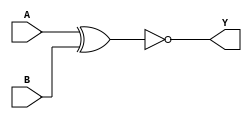
module XNOR2X1 (A, B, Y);
input  A ;
input  B ;
output Y ;

   xor (I0_out, A, B);
   not (Y, I0_out);

   specify
     // delay parameters
     specparam
       tpllh$A$Y = 0.16:0.16:0.16,
       tplhl$A$Y = 0.15:0.15:0.15,
       tpllh$B$Y = 0.18:0.18:0.18,
       tplhl$B$Y = 0.17:0.17:0.17;

     // path delays
     (A *> Y) = (tpllh$A$Y, tplhl$A$Y);
     (B *> Y) = (tpllh$B$Y, tplhl$B$Y);

   endspecify

endmodule